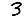
Digit: 3